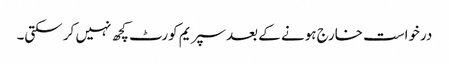
درخواست خارج ہونے کے بعد سپریم کورٹ کچھ نہیں کر سکتی۔